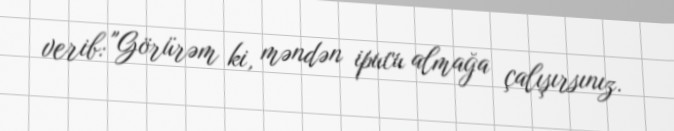
verib: "Görürəm ki, məndən ipucu almağa çalışırsınız.